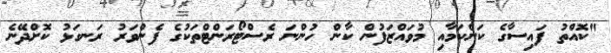
"ކޮއްތު ފައިސާގެ ކަންކަމާއި މުވައްޒަފުން ކާން ހުންނަ ރެސްޓޯރަންޓްތަކުގެ ފެންވަރު ރަނގަޅު ކޮށްދޭނެ